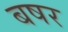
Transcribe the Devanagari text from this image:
बषर